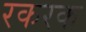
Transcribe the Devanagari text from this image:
रकरक